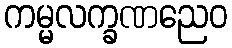
ကမ္မလက္ခဏညေဝ